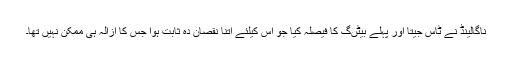
ناگالینڈ نے ٹاس جیتا اور پہلے بیٹںگ کا فیصلہ کیا جو اس کیلئے اتنا نقصان دہ ثابت ہوا جس کا ازالہ ہی ممکن نہیں تھا۔